Annual report of the Madras Medical College
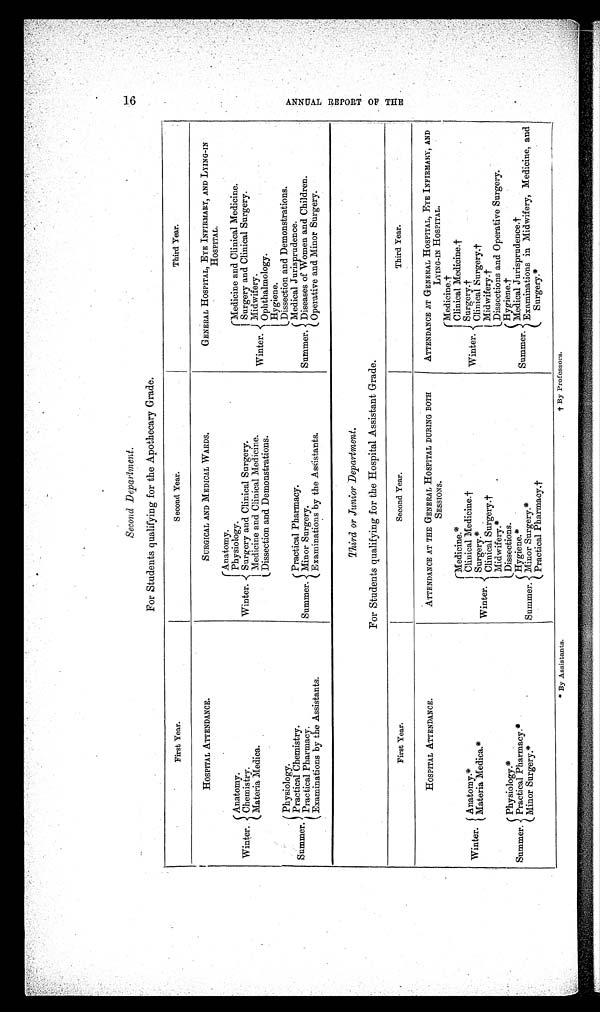
14
ANNUAL R E P OR T OF T HE
Second Department.
For Studentsqualifying for the Apothecary Grade.
First Year.
Second Year.
Third Year.
HOSPITAL ATTENDANCE.
SURGICAL AND MEDICAL WARDS.
GENERAL HOSPITAL, EYE INFIRMARY, AND LYING-IN
HOSPITAL.
Winter.. .
Anatomy .
Chemistry.
Materia Medica.
Winter. .
Anatomy.
Physiology.
Surgery and Clinical Surgery.
Medicine and Clinical Medicine.
Dissection and Demonstrations.
Winter.
Medicine and Clinical Medicine.
Surgery and Clinical Surgery.
Midwifery.
Ophthal mol ogy.
Hygiene.
Dissection and Demonstrations.
Summer.
Physiology.
Practical Chemistry.
Practical Pharmacy.
Examinations by the Assistants.
Summer.
Practical Pharmacy.
Minor Surgery.
Examinations by the Assistants.
Summer.
Medical Jurisprudence.
Diseases of Women and Children.
Operative and Minor Surgery.
Third or Junior Department.
For Students qualifying for the Hospital Assistant Grade.
First Year.
Second Year.
Third Year.
HOSPITAL ATTENDANCE.
ATTENDANCE AT THE GENERAL HOSPITAL DURING BOTH
SESSIONS.
ATTENDANCE AT GENERAL HOSPITAL, EYE INFIRMARY, AND
LYING-IN HOSPITAL.
Winter.
A natomy.*
Materia Medica.*
Winter.
Medicine.*
Clinical Medicine.
†
Surgery.*
Clinical Surgery.†
Midwifery.* Dissections.
Winter.
Medicine
.†
Clinical Medicine.
†
Surgery.
Clinical Surgery, .
†
Midwifery
†
Dissections and Operative Surgery.
Summer.
Physiology.*
Practical Pharmacy.*
Minor Surgery.*
Summer.
Dissections.
Hygiene.*
Minor Surgery.*
Practical Pharmacy.†
Summer.
Hygiene.
†
Medical Jurisprudence
.
†Examinations in Midwifery, Medicine, and
S u r g e r y . *
* By Assistants.
† By Professors.